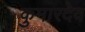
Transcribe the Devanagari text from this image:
कुमारदेव